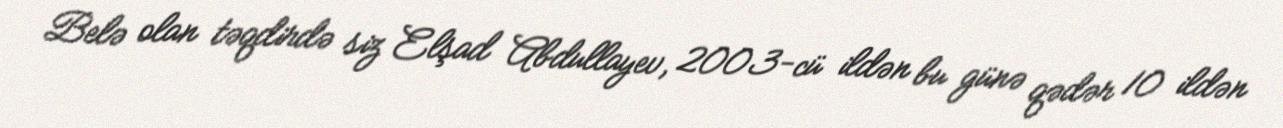
Belə olan təqdirdə siz Elşad Abdullayev, 2003-cü ildən bu günə qədər 10 ildən